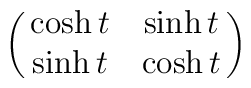
\pmatrix{\cosh t&\sinh t\cr \sinh t& \cosh t\cr}